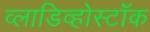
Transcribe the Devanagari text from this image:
व्लाडिव्होस्टॉक